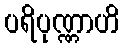
ပရိပုဏ္ဏာဟိ